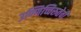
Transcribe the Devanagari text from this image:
उण्णिच्चिरुतेवी